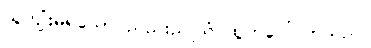
ယူကျုံးမရသော ညည်းညူသံ ထွက်ပေါ်လာသည်။